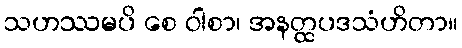
သဟဿမပိ စေ ဝါစာ၊ အနတ္ထပဒသံဟိတာ။